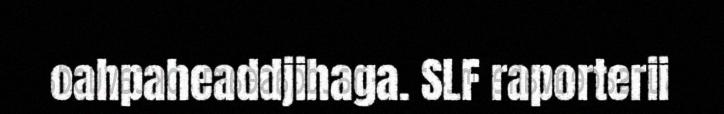
oahpaheaddjihaga. SLF raporterii